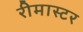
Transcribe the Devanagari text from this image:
रीमास्टर